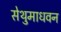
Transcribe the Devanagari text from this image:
सेथुमाधवन